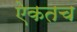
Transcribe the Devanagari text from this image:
ऐकतच